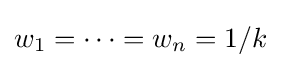
w_{1}=\cdots =w_{n}=1/k